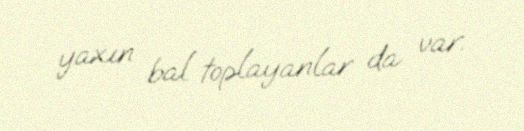
yaxın bal toplayanlar da var.